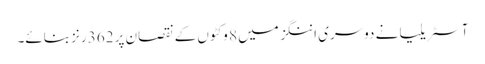
آسٹریلیا نے دوسری اننگز میں 8 وکٹوں کے نقصان پر 362 رنز بنائے۔